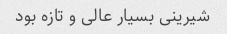
شیرینی بسیار عالی و تازه بود